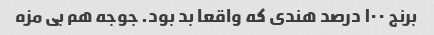
برنج ١٠٠ درصد هندی که واقعا بد بود. جوجه هم بی مزه